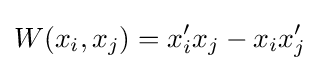
W(x_{i},x_{j})=x_{i}^{\prime }x_{j}-x_{i}x_{j}^{\prime }